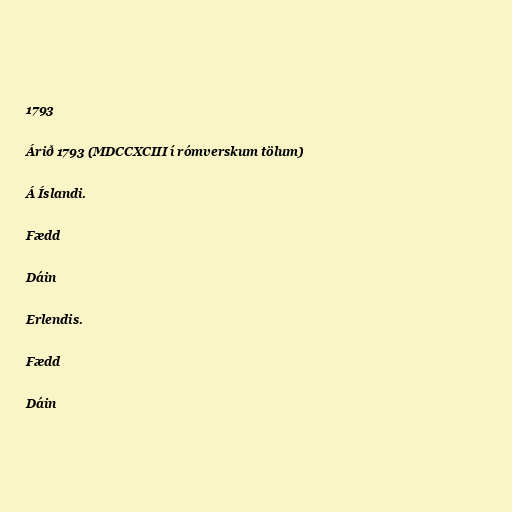
1793

Árið 1793 (MDCCXCIII í rómverskum tölum)

Á Íslandi.

Fædd

Dáin

Erlendis.

Fædd

Dáin